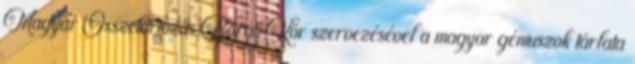
Magyar Összetartozás Baráti Kör szervezésével a magyar géniuszok tárlata